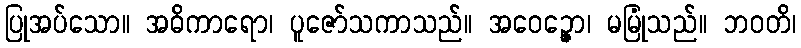
ပြုအပ်သော။ အဓိကာရော၊ ပူဇော်သကာသည်။ အဝေဉ္ဇော၊ မမြုံသည်။ ဘဝတိ၊